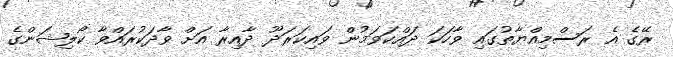
ރޭގެ އެ ރަސްމިއްޔާތުގައި ވާހަކަ ދައްކަވަމުން ވައިކަރަދޫ ދާއިރާ އަށް ވާދަކުރައްވާ ކޯލިޝަންގެ